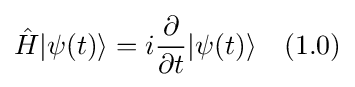
{\hat {H}}|\psi (t)\rangle =i{\dfrac {\partial }{\partial t}}|\psi (t)\rangle \quad (1.0)